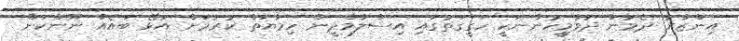
އިންޒާރު ދެމުން ދުވާމީހުންނަކީ ހަގީގަތުގައި އިސްލާމްދީން ހިމާޔަތް ކުރުމަށް އުޅޭ ބައެއް ނޫންކަން